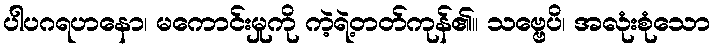
ပါပဂရဟနော၊ မကောင်းမှုကို ကဲ့ရဲ့တတ်ကုန်၏။ သဗ္ဗေပိ၊ အလုံးစုံသော